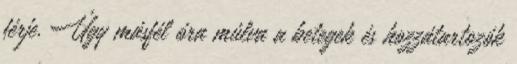
férje. Úgy másfél óra múlva a betegek és hozzátartozók